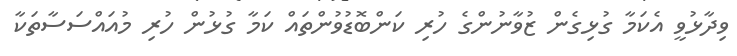
ވިދާޅުވީ އެކަމާ ގުޅިގެން ޒުވާނުންގެ ހުރި ކަންބޮޑުވުންތައް ކަމާ ގުޅުން ހުރި މުއައްސަސާތަކާ